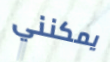
يمكنني